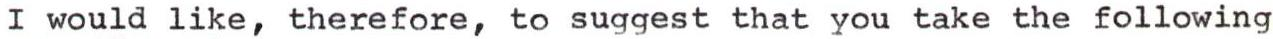
I would like, therefore, to suggest that you take the following